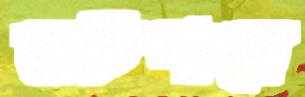
বাটপারে